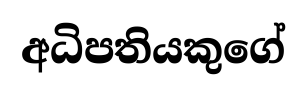
අධිපතියකුගේ